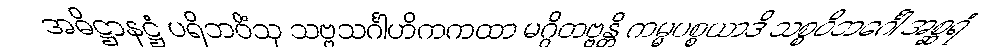
အဓိဋ္ဌာနဋ္ဌံ ပရိဘဝိံသု သဗ္ဗသင်္ဂါဟိကကထာ မဂ္ဂိတဗ္ဗန္တိ ကမ္မပစ္စယာဒိ သစ္စဝိဘင်္ဂေါ အစ္ဆရံ